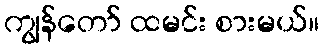
ကျွန်တော် ထမင်း စားမယ်။